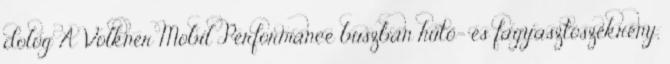
dolog A Volkner Mobil Performance buszban hűtő- és fagyasztószekrény,